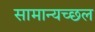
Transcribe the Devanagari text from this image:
सामान्यच्छल